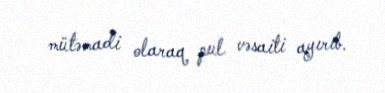
mütəmadi olaraq pul vəsaiti ayırıb.